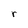
Character: r